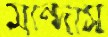
মান্দাস